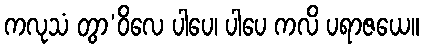
ကလုသံ တွာ’ဝိလေ ပါပေ၊ ပါပေ ကလိ ပရာဇယေ။